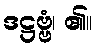
ဒဋ္ဌဗ္ဗံ၊ ၏။